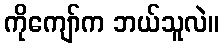
ကိုကျော်က ဘယ်သူလဲ။